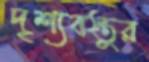
দৃশ্যবস্তুর